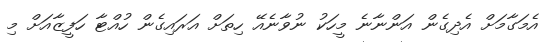
އެމަގާމަށް އެދިގެން އަންނާނެ މީހަކު ނުވާނެއޭ ހިތަށް އަރައިގެން ހުއްޓާ ހަފީޒާއަށް މި